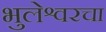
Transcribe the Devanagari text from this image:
भुलेश्वरचा